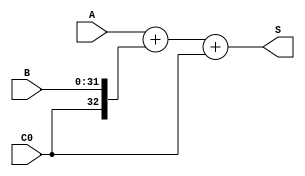
`timescale 1ns / 1ps
//////////////////////////////////////////////////////////////////////////////////
// Company: 
// Engineer: 
// 
// Design Name: 
// Module Name:    ADC32 
// Project Name: 
// Target Devices: 
// Tool versions: 
// Description: 
//
// Dependencies: 
//
// Revision: 
// Revision 0.01 - File Created
// Additional Comments: 
//
//////////////////////////////////////////////////////////////////////////////////
module ADC32(input [31:0] A, 
				 input [31:0] B, 
				 input C0,
				 output [32:0] S
				  );
				  
//wire B_Notation;

	wire B_Notation = C0 ^ 1'b0;
	assign S = {1'b0,A} + {B_Notation,B} + C0;

endmodule